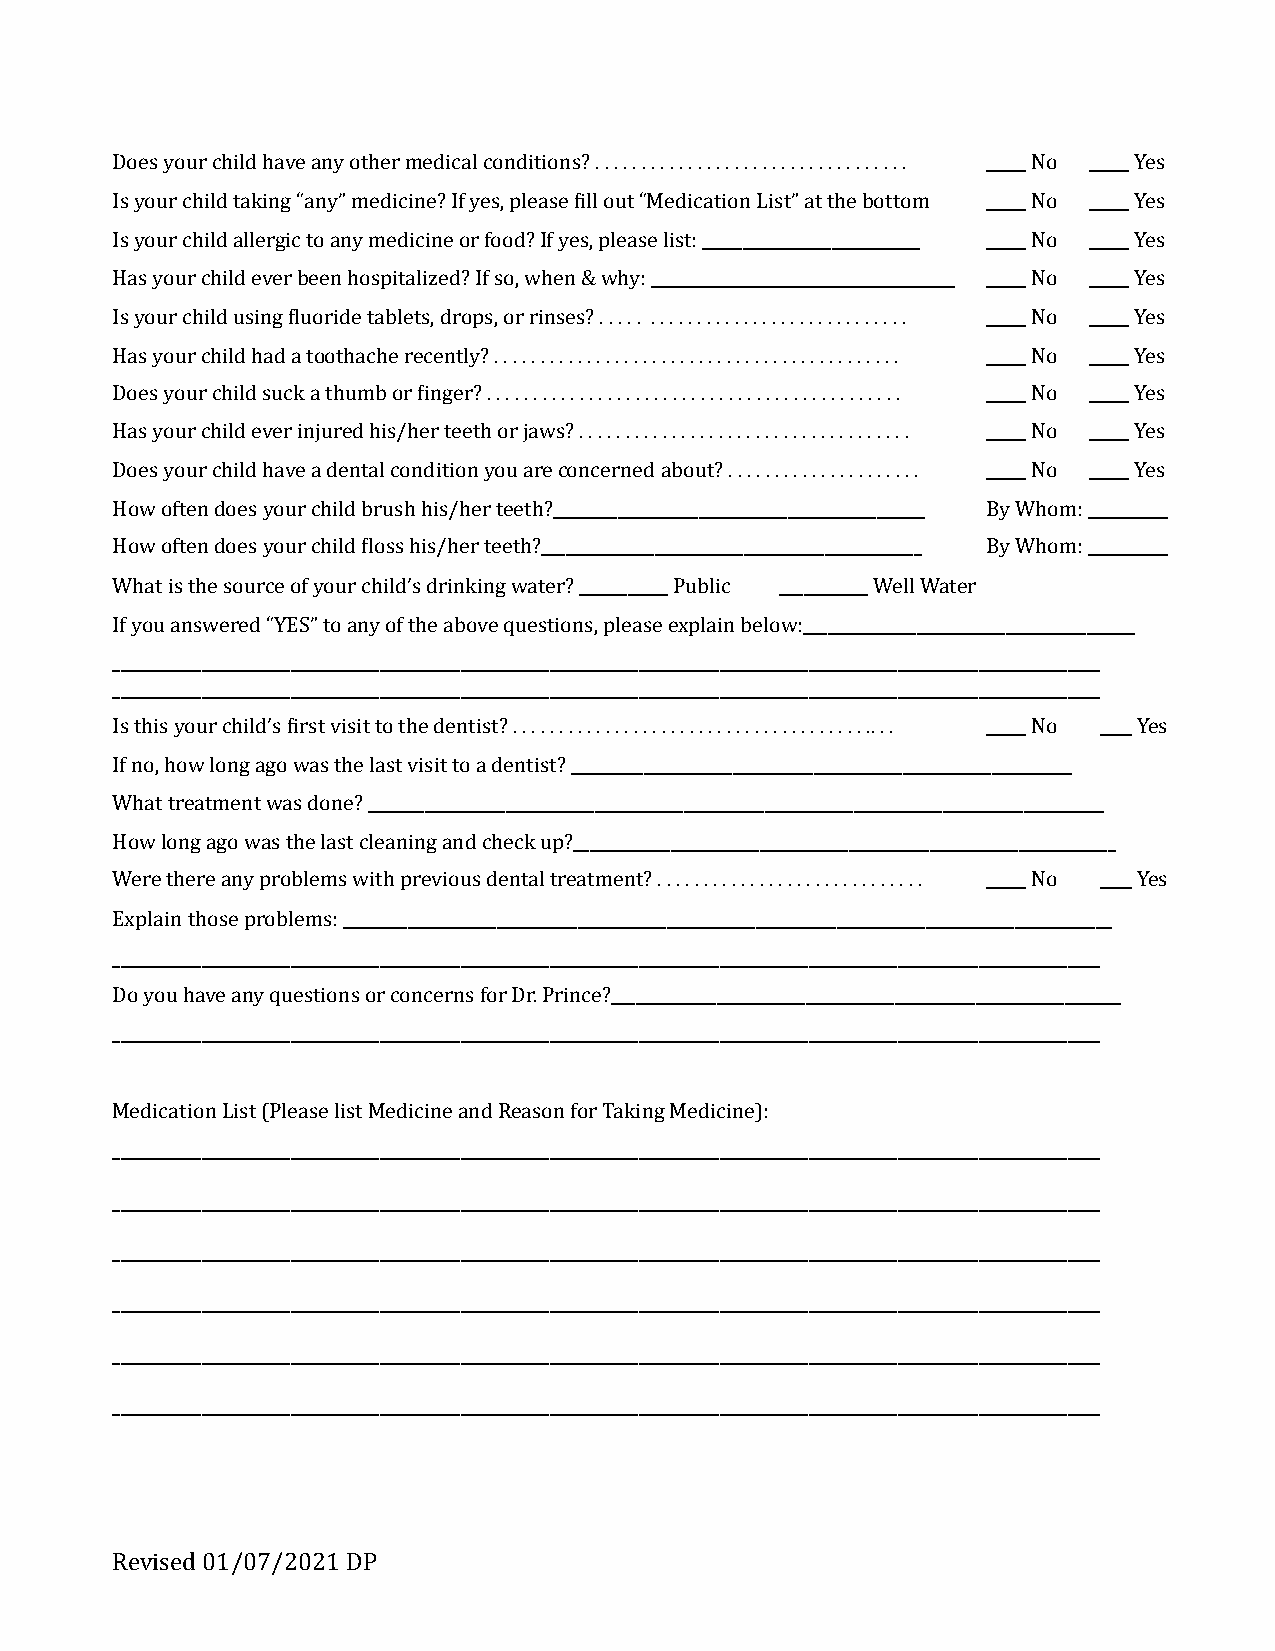
Does your child have any other medical conditions? . . . . . . . . . . . . . . . . . . . . . . . . . . . . . . . . . . _____ No _____ Yes
 Is your child taking “any” medicine? If yes, please ill out “Medication List” at the bottom _____ No _____ Yes
 Is your child allergic to any medicine or food? If yes, please list: ___________________________ _____ No _____ Yes
 Has your child ever been hospitalized? If so, when & why: _ ________________________________ _____ No _____ Yes
 Is your child using luoride tablets, drops, or rinses? . . . . . . . . . . . . . . . . . . . . . . . . . . . . . . . . . _____ No _____ Yes
 Has your child had a toothache recently? . . . . . . . . . . . . . . . . . . . . . . . . . . . . . . . . . . . . . . . . . . . . _____ No _____ Yes
 Does your child suck a thumb or inger? . . . . . . . . . . . . . . . . . . . . . . . . . . . . . . . . . . . . . . . . . . . . . _____ No _____ Yes
 Has your child ever injured his/her teeth or jaws? . . . . . . . . . . . . . . . . . . . . . . . . . . . . . . . . . . . . _____ No _____ Yes
 Does your child have a dental condition you are concerned about? . . . . . . . . . . . . . . . . . . . . . _____ No _____ Yes
 How often does your child brush his/her teeth?______________________________________________ By Whom: __________
 How often does your child loss his/her teeth?_______________________________________________ By Whom: __________
 What is the source of your child’s drinking water? ___________ Public ___________ Well Water
 If you answered “YES” to any of the above questions, please explain below:_________________________________________
 __________________________________________________________________________________________________________________________
 __________________________________________________________________________________________________________________________
 Is this your child’s irst visit to the dentist? . . . . . . . . . . . . . . . . . . . . . . . . . . . . . . . . . . . . . . .. . . _____ No ____ Yes
 If no, how long ago was the last visit to a dentist? ______________________________________________________________
 What treatment was done? ___________________________________________________________________________________________
 How long ago was the last cleaning and check up?___________________________________________________________________
 Were there any problems with previous dental treatment? . . . . . . . . . . . . . . . . . . . . . . . . . . . . . _____ No ____ Yes
 Explain those problems: _______________________________________________________________________________________________
 __________________________________________________________________________________________________________________________
 Do you have any questions or concerns for Dr. Prince?_______________________________________________________________
 __________________________________________________________________________________________________________________________
 Medication List (Please list Medicine and Reason for Taking Medicine):
 __________________________________________________________________________________________________________________________
 __________________________________________________________________________________________________________________________
 __________________________________________________________________________________________________________________________
 __________________________________________________________________________________________________________________________
 __________________________________________________________________________________________________________________________
 __________________________________________________________________________________________________________________________
 Revised 01/07/2021 DP